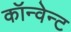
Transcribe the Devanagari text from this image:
कॉन्वेन्ट